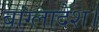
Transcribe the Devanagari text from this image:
बांग्लादेश।